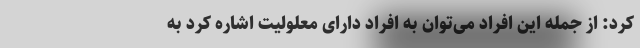
کرد: از جمله این افراد می‌توان به افراد دارای معلولیت اشاره کرد به